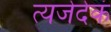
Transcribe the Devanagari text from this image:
त्यजेदेकं